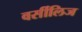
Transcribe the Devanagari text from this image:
वर्सीलिज